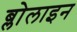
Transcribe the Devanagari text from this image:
ब्लोलाइन